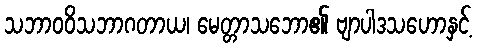
သဘာဝဝိသဘာဂတာယ၊ မေတ္တာသဘော၏ ဗျာပါဒသဟောနှင့်